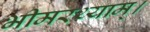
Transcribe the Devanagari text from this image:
भीमरथ्याम्।